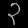
Digit: ၃